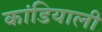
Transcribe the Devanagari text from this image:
कांडियाली